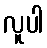
လူပါ